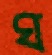
ঘ